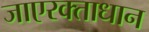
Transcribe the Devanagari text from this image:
जाएरक्ताधान